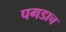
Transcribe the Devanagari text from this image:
पगडाच